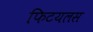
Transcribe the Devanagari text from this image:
फिटयलस